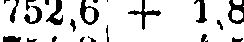
752,6; + 1,8